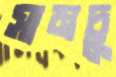
সামচু